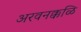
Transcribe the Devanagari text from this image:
अरवनक्कळि